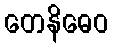
တေနိဓေဝ